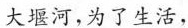
大堰河，为了生活，